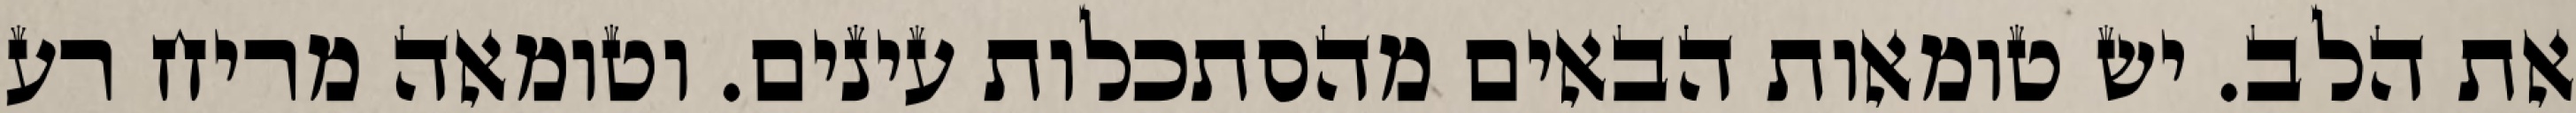
את הלב. יש טומאות הבאים מהסתכלות עינים. וטומאה מריח רע